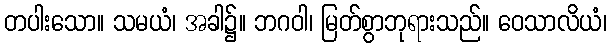
တပါးသော။ သမယံ၊ အခါ၌။ ဘဂဝါ၊ မြတ်စွာဘုရားသည်။ ဝေသာလိယံ၊